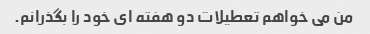
من می خواهم تعطیلات دو هفته ای خود را بگذرانم.